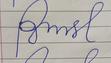
Signature authenticity: forged